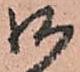
御